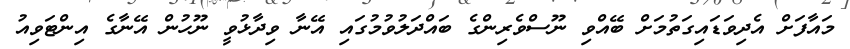
މައާފަށް އެދިވަޑައިގަތުމަށް ބޭއްވި ނޫސްވެރިންގެ ބައްދަލުވުމުގައި އޭނާ ވިދާޅުވީ ނޫހުން އޭނާގެ އިންޓަވިއު